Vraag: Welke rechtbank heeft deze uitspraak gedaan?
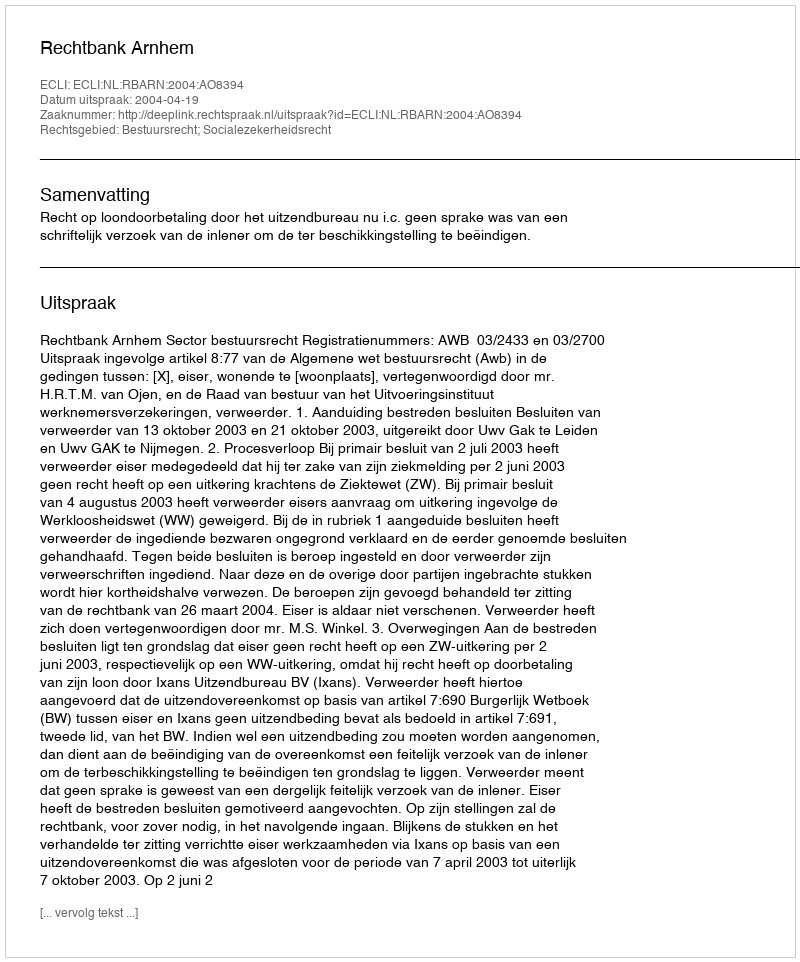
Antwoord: Rechtbank Arnhem